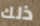
ذلك